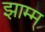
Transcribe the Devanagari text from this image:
झाम्म्